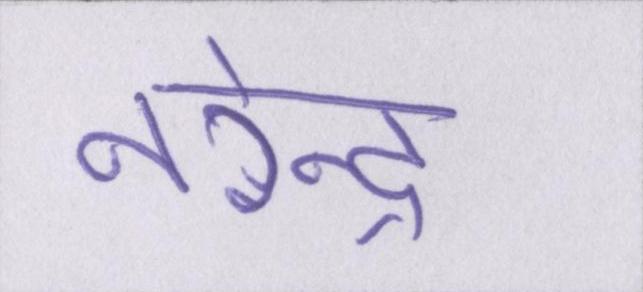
नरेन्द्र